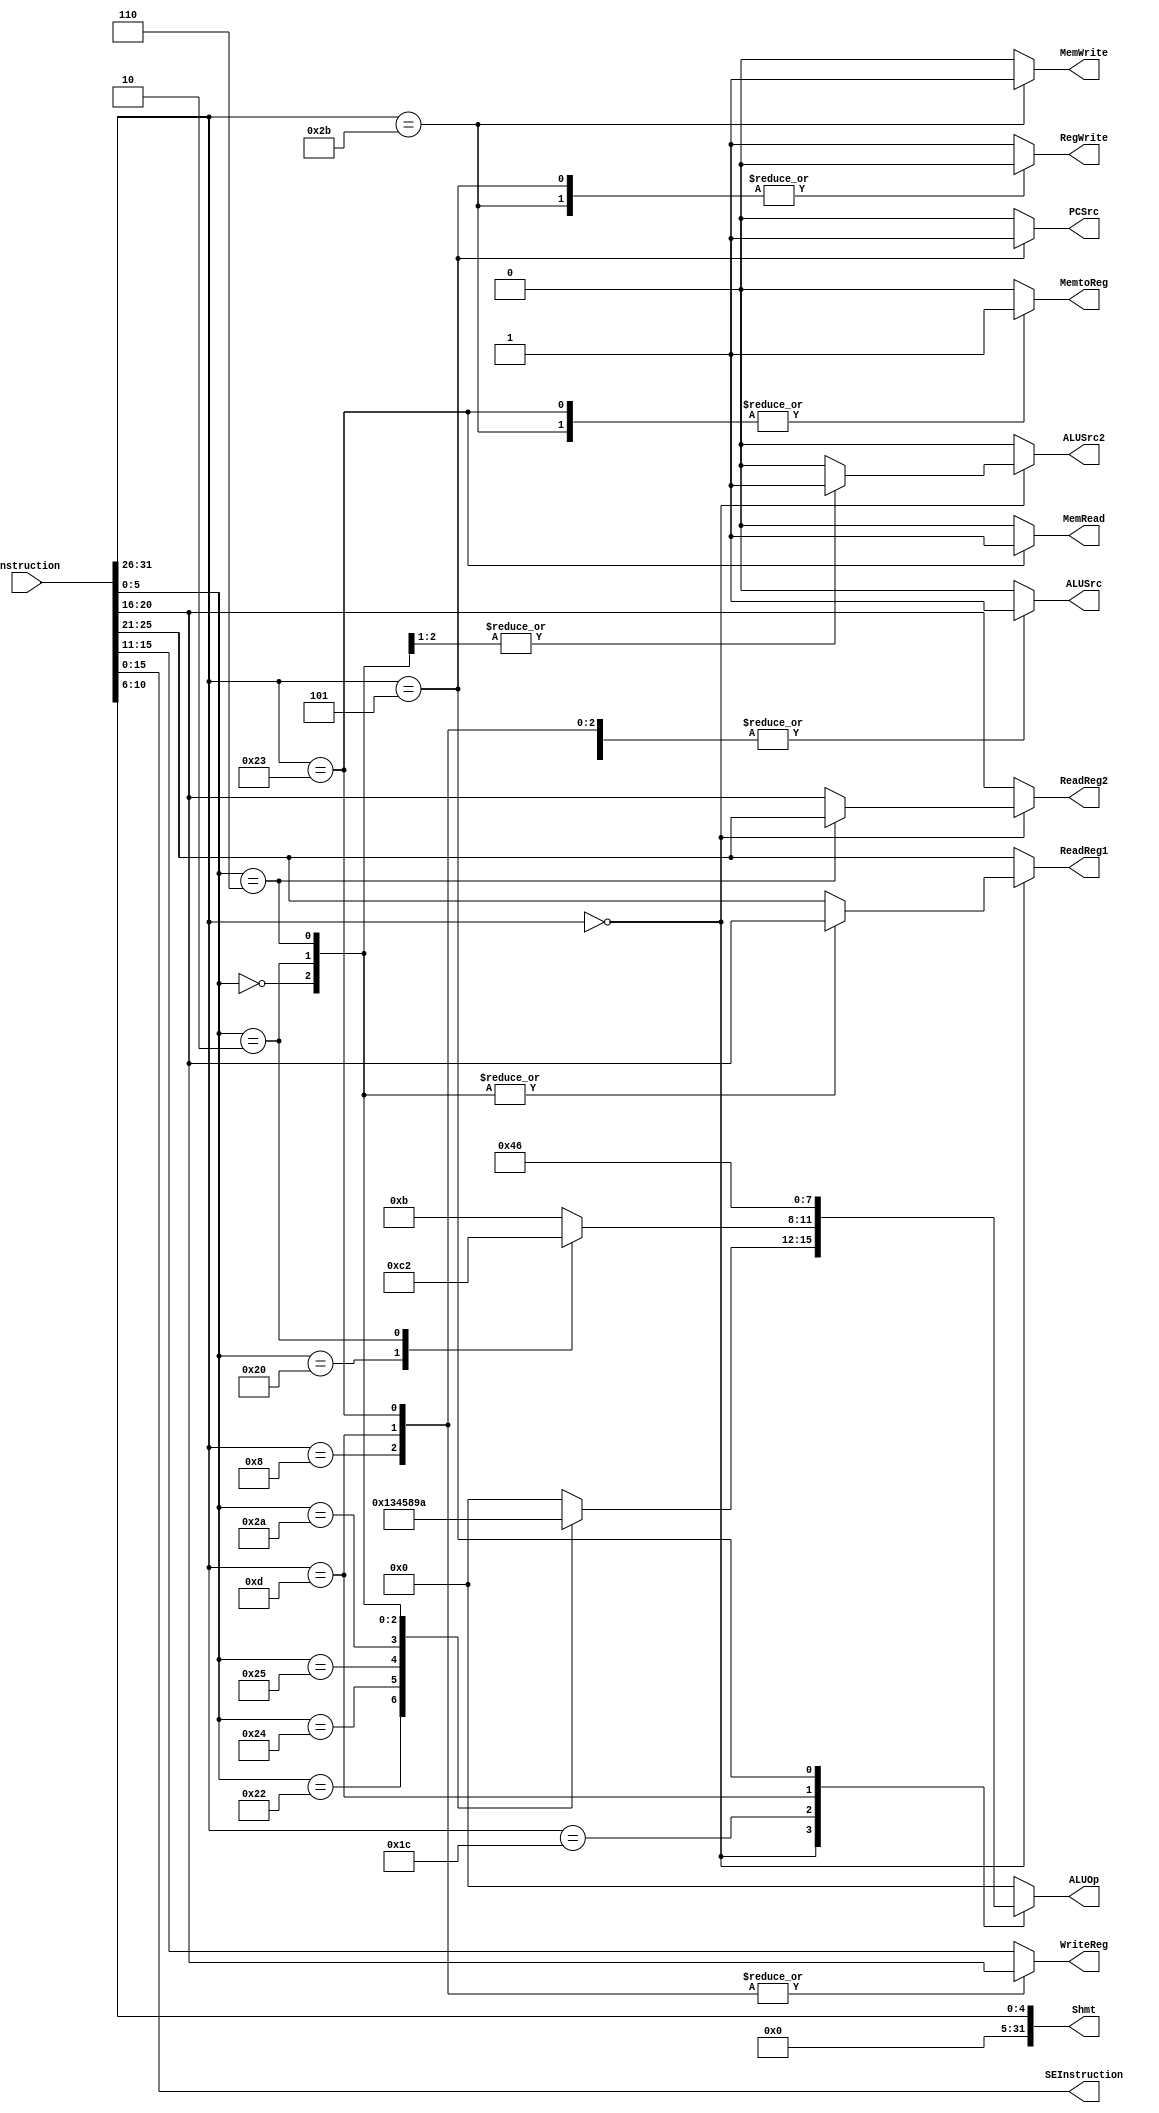
`timescale 1ns / 1ps

////////////////////////////////////////////////////////////////////////////////
// Last Edits: Muneeb Ahmed
// 
// Module - Controller.v
// Description - Controller
//
// INPUTS:-
// Instruction
//
// OUTPUTS:-
// lots of things 
//
// FUNCTIONALITY:-

module Controller(Instruction, ALUOp, ALUSrc, MemRead, MemWrite, MemtoReg, RegWrite, PCSrc, ALUSrc2, ReadReg1, ReadReg2, WriteReg, SEInstruction, Shmt);
	input [31:0] Instruction;

	output reg ALUSrc, MemRead, MemWrite, MemtoReg, RegWrite, PCSrc, ALUSrc2;
	output reg [3:0] ALUOp;
	output reg [4:0] ReadReg1, ReadReg2, WriteReg;
	output reg [15:0] SEInstruction;
	output reg [31:0] Shmt;

	always @(Instruction) begin
		SEInstruction <= Instruction[15:0];
		Shmt <= {27'd0, Instruction[10:6]};
		MemRead <= 0;
		MemWrite <= 0;
		MemtoReg <= 0;
		PCSrc <= 0;
		ALUSrc <= 0;
		ALUSrc2 <= 0;
		ALUOp <= 0;
		RegWrite <= 1;
		ReadReg1 <= Instruction[25:21];//not for slr, sll, rotrv
		WriteReg <= Instruction[15:11];
		ReadReg2 <= Instruction[20:16];//not for slr, sll, rotrv
		case (Instruction[31:26])

			6'd0: begin
				case (Instruction[5:0])
					6'b100000: begin
						ALUOp <= 0;
					end
					6'b100010: begin
						ALUOp <= 1;
					end
					6'b100100: begin
						ALUOp <= 3;
					end
					6'b100101: begin
						ALUOp <= 4;
					end
					6'b101010: begin
						ALUOp <= 5;
					end
					6'd0: begin
						ReadReg1 <= Instruction[20:16];
						ALUOp <= 8;
						ALUSrc2 <= 1;
					end
					6'd2: begin
						ReadReg1 <= Instruction[20:16];
						ALUOp <= 9;
						ALUSrc2 <= 1;
					end
					6'd6: begin
						ReadReg1 <= Instruction[20:16];
						ReadReg2 <= Instruction[25:21];
						ALUOp <= 10;
					end
					default: begin
						ALUOp <= 0;
					end
				endcase

			end
			6'd28: begin
				case (Instruction[5:0])
					6'b100001: begin
						ALUOp <= 11;
					end
					6'b100000: begin
						ALUOp <= 12;
					end
					6'b00010: begin
						ALUOp <= 2;
					end
					default: begin
						ALUOp <= 11;
					end
				endcase
			end
			6'd8: begin
				WriteReg <= Instruction[20:16];
				ALUSrc <= 1;
				ALUOp <= 0;
				ALUSrc2 <= 0;
			end
			6'd13: begin
				WriteReg <= Instruction[20:16];
				ALUSrc <= 1;
				ALUOp <= 4;
			end
			6'd35: begin
				WriteReg <= Instruction[20:16];
				ALUOp <= 0;
				ALUSrc <= 1;
				MemRead <= 1;
				MemtoReg <= 1;
			end
			6'd43: begin
				RegWrite <= 0;
				ALUOp <= 0;
				MemWrite <= 1;
				MemtoReg <= 1;
				ALUSrc <= 1;
			end
			6'd5: begin
				RegWrite <= 0;
				PCSrc <= 1;
				ALUOp <= 6;
			end
			default: begin
				ALUOp <= 0;
			end
		endcase
	end

//module Datapath(Clk, Reset, ALUOp, ALUSrc, MemRead, MemWrite, MemtoReg, RegWrite, PCSrc, ReadReg1, ReadReg2, WriteReg, SEInstruction, Shmt, ALUSrc2, Instruction, WriteData);

endmodule